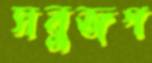
সবুজপ